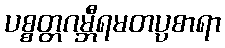
ပစ္စတ္တဂမ္ဘီရမတပ္ပစာရာ